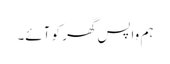
ہم واپس گھر کو آئے۔